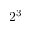
2 ^ { 3 }